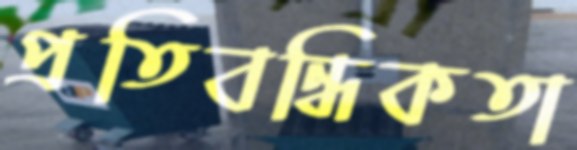
প্রতিবন্ধিকতা